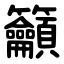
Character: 籲